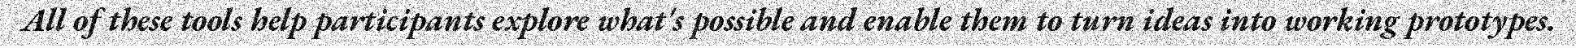
All of these tools help participants explore what's possible and enable them to turn ideas into working prototypes.